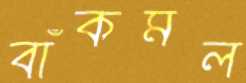
বাঁকমল